Calcutta medical institutions reports 1879-81 [i.e.91]
Year: 1879
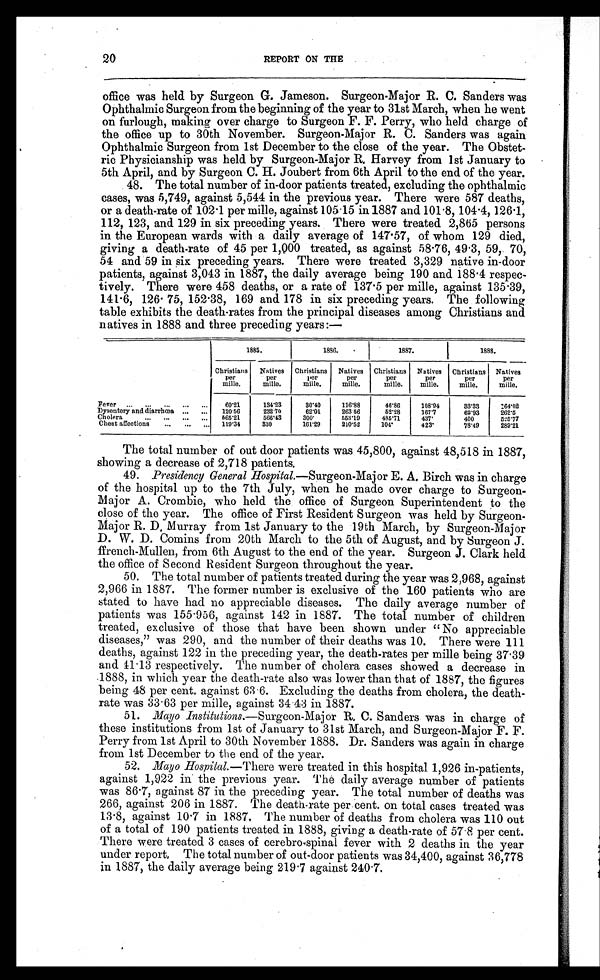
20
REPORT ON THE
office was held by Surgeon G. Jameson. Surgeon-Major R. C. Sanders was
Ophthalmic Surgeon from the beginning of the year to 31st March, when he went
on furlough, making over charge to Surgeon F. F. Perry, who held charge of
the office up to 30th November. Surgeon-Major R. C. Sanders was again
Ophthalmic Surgeon from 1st December to the close of the year. The Obstet-
ric Physicianship was held by Surgeon-Major R, Harvey from 1st January to
5th April, and by Surgeon C. H. Joubert from 6th April to the end of the year.
48. The total number of in-door patients treated, excluding the ophthalmic
cases, was 5,749, against 5,544 in the previous year. There were 587 deaths,
or a death-rate of 102.1 per mille, against 105.15 in 1887 and 101.8, 104.4, 126.1,
112, 123, and 129 in six preceding years. There were treated 2,865 persons
in the European wards with a daily average of 147.57, of whom 129 died,
giving a death-rate of 45 per 1,000 treated, as against 58.76, 49.3, 59, 70,
54 and 59 in six preceding years. There were treated 3,329 native in-door
patients, against 3,043 in 1887, the daily average being 190 and 188.4 respec-
tively. There were 458 deaths, or a rate of 137.5 per mille, against 135.39,
141.6, 126.75, 152.38, 169 and 178 in six preceding years. The following
table exhibits the death-rates from the principal diseases among Christians and
natives in 1888 and three preceding years:—
1885.
1886.
1887.
1888.
Christians
per
mille.
Natives
per
mille.
Christians
per
mille.
Natives
per
mille.
Christians
per
mille.
Natives
per
mille.
Christians
per
mille.
Natives
per
mille.
Fever ... ... ... ... ...
60. 21
134.23
30.40
116.88
46. 86
108.94
33.33
1 6 4 . 0 2
Dysentery and diarrhœa, ... ... 120. 56
232.70
62. 01
263.56
52. 28
167.7
62.93
2 6 2 . 5
Cholera
... ... ... ... 565. 21
566.43
3 0 0 .
553.19
485.71
437.
400
5 2 5 . 7 7
Chest affections ... .. ... 119. 34
330
161. 29
210.52
1 0 4 .
423.
78.49
2 8 9 . 2 1
The total number of out door patients was 45,800, against 48,518 in 1887,
showing a decrease of 2,718 patients.
49. Presidency General Hospital .—Surgeon-Major E. A. Birch was in charge
of the hospital up to the 7th July, when he made over charge to Surgeon-
Major A. Crombie, who held the office of Surgeon Superintendent to the
close of the year. The office of First Resident Surgeon was held by Surgeon-
Major R. D. Murray from 1st January to the 19th March, by Surgeon-Major
D. W. D. Comins from 20th March to the 5th of August, and by Surgeon J.
f f r e n c h - M u l l e n , f r o m 6 t h A u g u s t t o t h e e n d o f t h e y e a r . S u r g e o n J . C l a r k h e l d
the office of Second Resident Surgeon throughout the year.
50. The total number of patients treated during the year was 2,968, against
2,966 in 1887. The former number is exclusive of the 160 patients who are
stated to have had no appreciable diseases. The daily average number of
patients was 155.956, against 142 in 1887. The total number of children
treated, exclusive of those that have been shown under " No appreciable
diseases," was 290, and the number of their deaths was 10. There were 111
deaths, against 122 in the preceding year, the death-rates per mille being 37.39
and 41.13 respectively. The number of cholera cases showed a decrease in
1888, in which year the death-rate also was lower than that of 1887, the figures
being 48 per cent. against 63.6. Excluding the deaths from cholera, the death-
rate was 33.63 per mille, against 34.43 in 1887.
51. Mayo Institutions .—Surgeon-Major R. C. Sanders was in charge of
these institutions from 1st of January to 31st March, and Surgeon-Major F. F.
Perry from 1st April to 30th November 1888. Dr. Sanders was again in charge
from 1st December to the end of the year.
52. Mayo Hospital .—There were treated in this hospital 1,926 in-patients,
against 1,922 in the previous year. The daily average number of patients
was 86.7, against 87 in the preceding year. The total number of deaths was
266, against 206 in 1887. The death-rate per cent. on total cases treated was
13.8, against 10.7 in 1887. The number of deaths from cholera was 110 out
of a total of 190 patients treated in 1888, giving a death-rate of 57.8 per cent.
There were treated 3 cases of cerebro-spinal fever with 2 deaths in the year
under report, The total number of out-door patients was 34,400, against 36,778
in 1887, the daily average being 219.7 against 240.7.